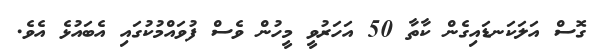
ގޮސް އަލަކަނޑައިގެން ކާތާ 50 އަހަރުވީ މީހުން ވެސް ފުވައްމުކުގައި އެބައުޅެ އެވެ.